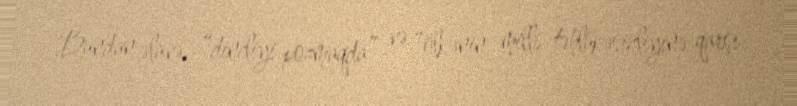
Bundan əlavə, “dincliyi pozmaqda” və “ölkənin milli təhlükəsizliyinə qarşı